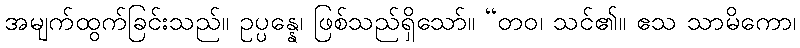
အမျက်ထွက်ခြင်းသည်။ ဥပ္ပန္နေ၊ ဖြစ်သည်ရှိသော်။ “တဝ၊ သင်၏။ ဧသ သာမိကော၊